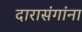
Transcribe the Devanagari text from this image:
दारासंगांना